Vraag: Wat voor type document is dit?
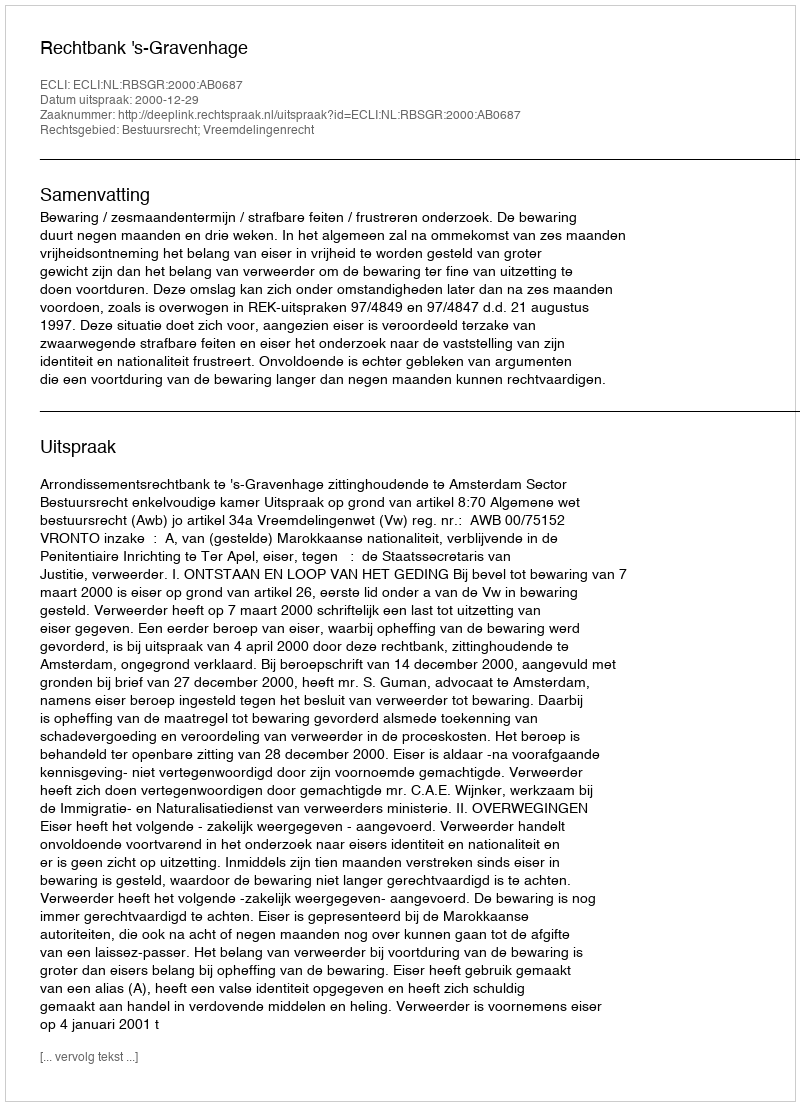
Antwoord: Uitspraak